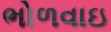
ભોળવાઇ